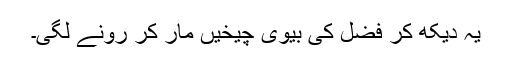
یہ دیکھ کر فضل کی بیوی چیخیں مار کر رونے لگی۔